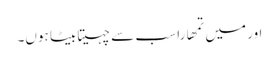
اور میں تمھارا سب سے چہیتا بیٹا ہوں۔